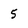
Character: 5